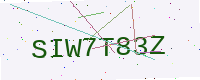
Text: SIW7T83Z